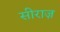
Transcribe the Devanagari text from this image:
सीराज़